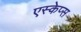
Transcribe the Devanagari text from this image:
एस्केप्स